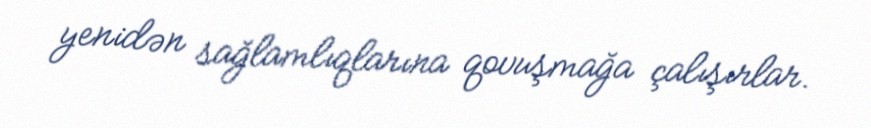
yenidən sağlamlıqlarına qovuşmağa çalışırlar.